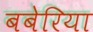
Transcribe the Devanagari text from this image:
बबेरिया